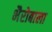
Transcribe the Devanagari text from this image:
भैरोबाला